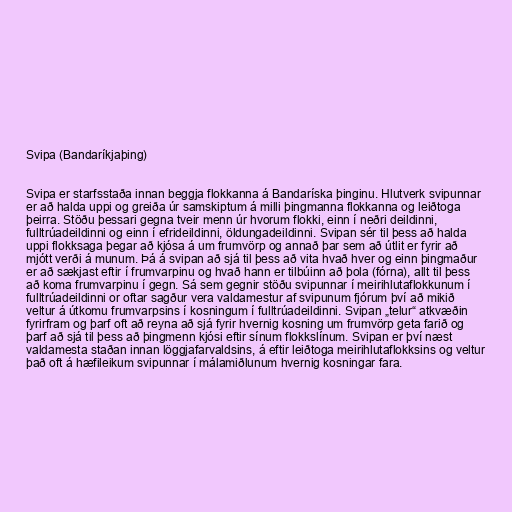
Svipa (Bandaríkjaþing)

Svipa er starfsstaða innan beggja flokkanna á Bandaríska þinginu. Hlutverk svipunnar
er að halda uppi og greiða úr samskiptum á milli þingmanna flokkanna og leiðtoga
þeirra. Stöðu þessari gegna tveir menn úr hvorum flokki, einn í neðri deildinni,
fulltrúadeildinni og einn í efrideildinni, öldungadeildinni. Svipan sér til þess að halda
uppi flokksaga þegar að kjósa á um frumvörp og annað þar sem að útlit er fyrir að
mjótt verði á munum. Þá á svipan að sjá til þess að vita hvað hver og einn þingmaður
er að sækjast eftir í frumvarpinu og hvað hann er tilbúinn að þola (fórna), allt til þess
að koma frumvarpinu í gegn. Sá sem gegnir stöðu svipunnar í meirihlutaflokkunum í
fulltrúadeildinni or oftar sagður vera valdamestur af svipunum fjórum því að mikið
veltur á útkomu frumvarpsins í kosningum í fulltrúadeildinni. Svipan „telur“ atkvæðin
fyrirfram og þarf oft að reyna að sjá fyrir hvernig kosning um frumvörp geta farið og
þarf að sjá til þess að þingmenn kjósi eftir sínum flokkslínum. Svipan er því næst
valdamesta staðan innan löggjafarvaldsins, á eftir leiðtoga meirihlutaflokksins og veltur
það oft á hæfileikum svipunnar í málamiðlunum hvernig kosningar fara.